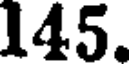
145.